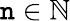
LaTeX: \mathtt{n}\in\mathbb{{N}}